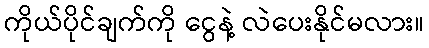
ကိုယ်ပိုင်ချက်ကို ငွေနဲ့ လဲပေးနိုင်မလား။